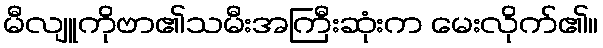
မီလျူကိုဗာ၏သမီးအကြီးဆုံးက မေးလိုက်၏။